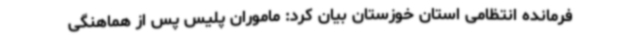
فرمانده انتظامی استان خوزستان بیان کرد: ماموران پلیس پس از هماهنگی